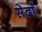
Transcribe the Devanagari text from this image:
सेदाँ